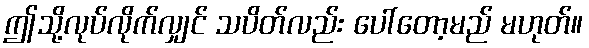
ဤသို့လုပ်လိုက်လျှင် သပိတ်လည်း ပေါ်တော့မည် မဟုတ်။